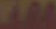
3